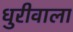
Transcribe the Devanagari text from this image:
धुरीवाला